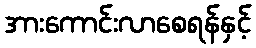
အားကောင်းလာစေရန်နှင့်